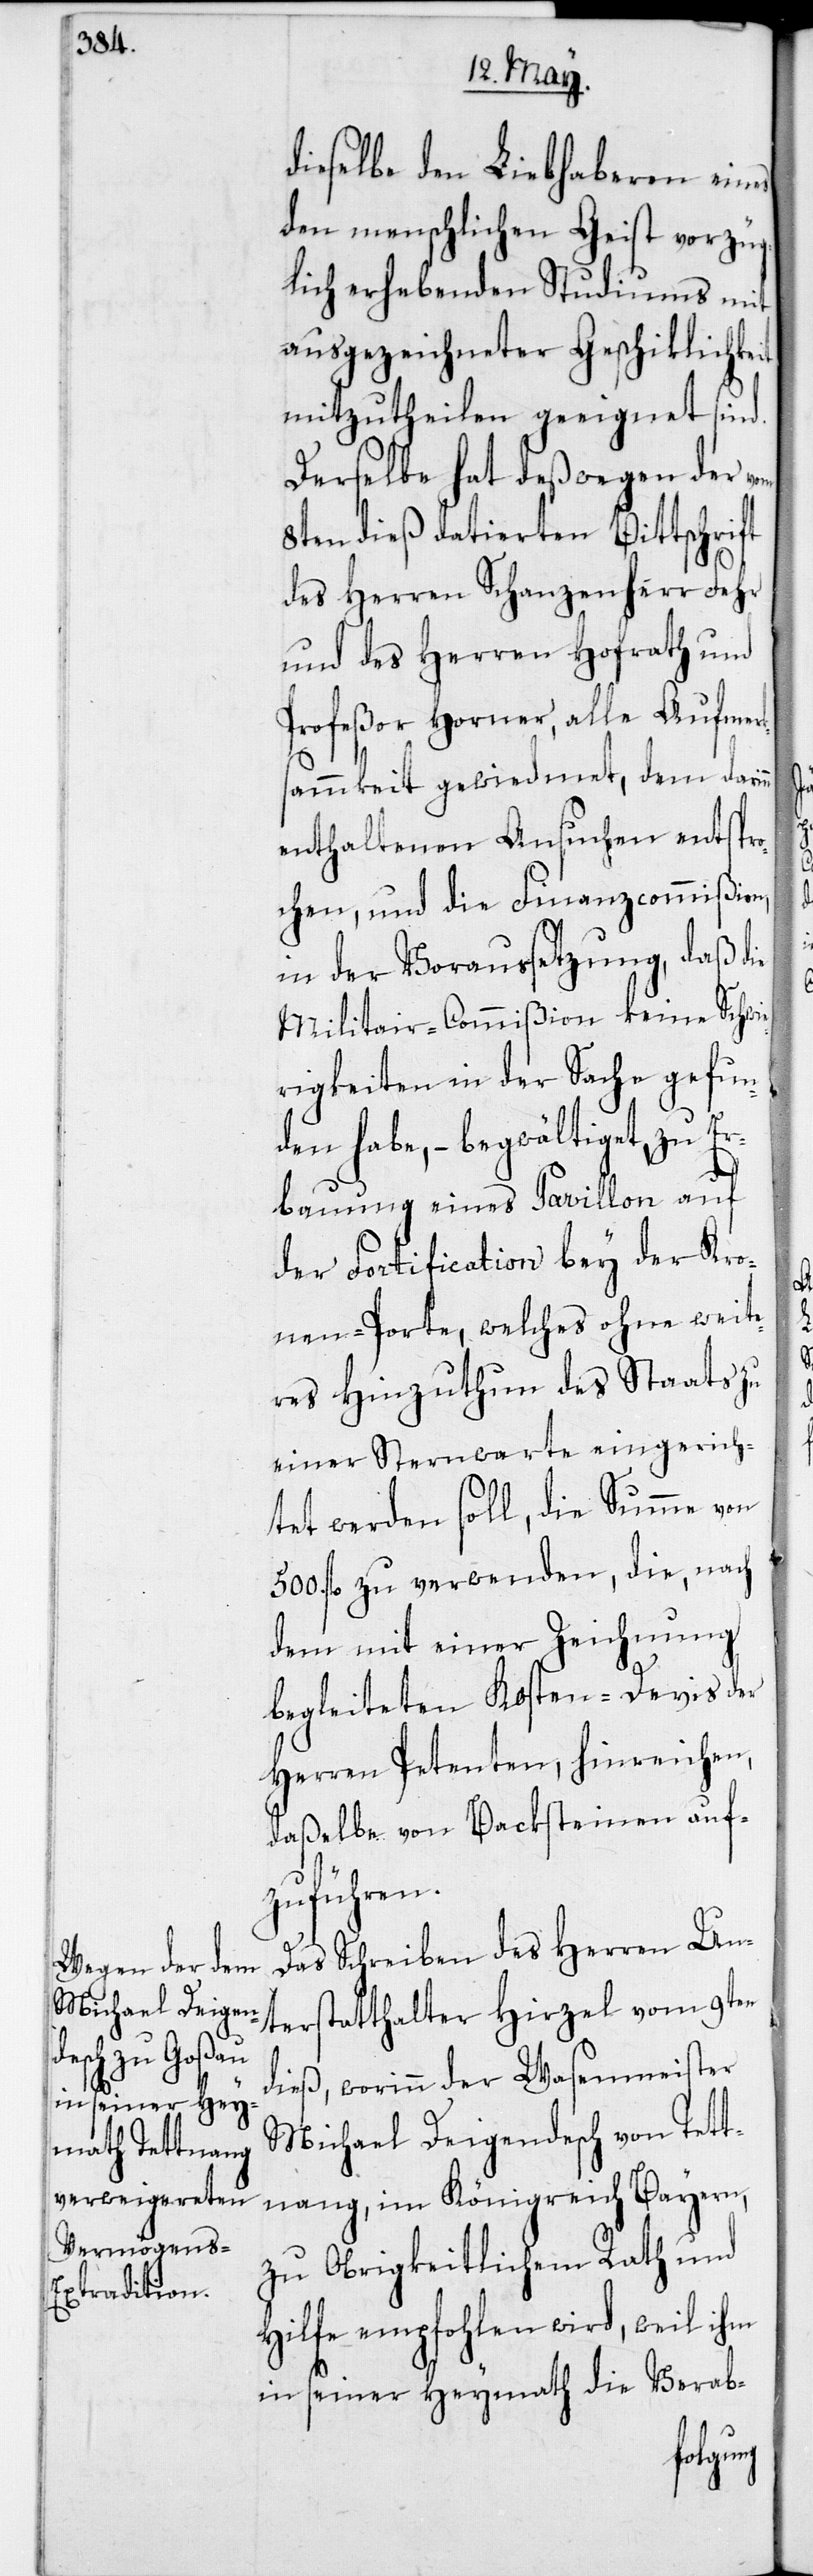
dieselbe den Liebhaberen eines
den menschlichen Geist vorzüg¬
lich erhebenden Studiums mit
ausgezeichneter Geschiklichkeit
mitzutheilen geeignet sind.
Derselbe hat deßwegen der vom
8ten dieß datierten Bittschrift
des Herren Schanzenherr Fehr
und des Herren Hofrath und
Profeßor Horner, alle Aufmerk¬
sammkeit gewiedmet, dem darinn
enthaltenen Ansuchen entspr¬
ochen, und die Finanzcommißion
in der Voraussetzung, daß die
Militair-Commißion keine Schwie¬
rigkeiten in der Sache gefun¬
den habe, – begwältiget, zu Er¬
bauung eines Pavillon auf
der Fortification bey der Kro¬
nen-Porte, welches ohne weite¬
res Hinzuthun des Staats zu
einer Sternwarte eingerich¬
tet werden soll, die Summe von
500. fl. zu verwenden, die, nach
dem mit einer Zeichnung
begleiteten Kosten-Devis der
Herren Petenten, hinreichen,
daßelbe von Backsteinen auf¬
zuführen.
Das Schreiben des Herren Un¬
terstatthalter Hirzel vom 9ten
dieß, worinn der Wasenmeister
Michael Deigendesch von Tett¬
nang im Königreich Bayern,
zu obrigkeitlichem Rath und
Hilfe empfohlen wird, weil ihm
in seiner Heymath die Verab-